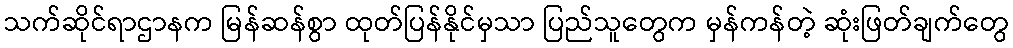
သက်ဆိုင်ရာဌာနက မြန်ဆန်စွာ ထုတ်ပြန်နိုင်မှသာ ပြည်သူတွေက မှန်ကန်တဲ့ ဆုံးဖြတ်ချက်တွေ